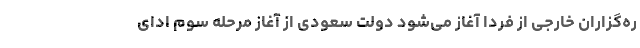
ره‌گزاران خارجی از فردا آغاز می‌شود دولت سعودی از آغاز مرحله سوم ادای